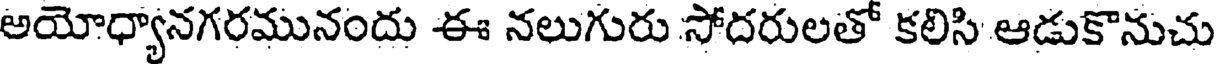
అయోధ్యానగరమునందు ఈ నలుగురు సోదరులతో కలిసి ఆడుకొనుచు